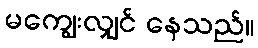
မကျွေးလျှင် နေသည်။